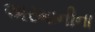
અરમાનીના